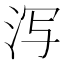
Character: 泻